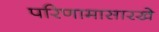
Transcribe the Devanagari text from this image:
परिणामासारखे